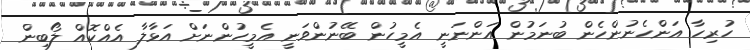
ހުރިހާ އަންހެނުންހެން ބުނަމުން އަންނަނީ އެމީހުން ބޭނުންވަނީ އެމީހުންނަށް އަޅާލާ އެއްކޮއް ލޯބިން